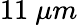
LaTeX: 11\ \mu m